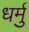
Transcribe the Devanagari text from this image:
धर्मु